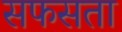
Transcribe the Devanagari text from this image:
सफसता